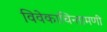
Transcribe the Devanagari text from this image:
विवेकाचिन्तामणी